Calcutta medical institutions reports 1879-81 [i.e.91]
Year: 1879
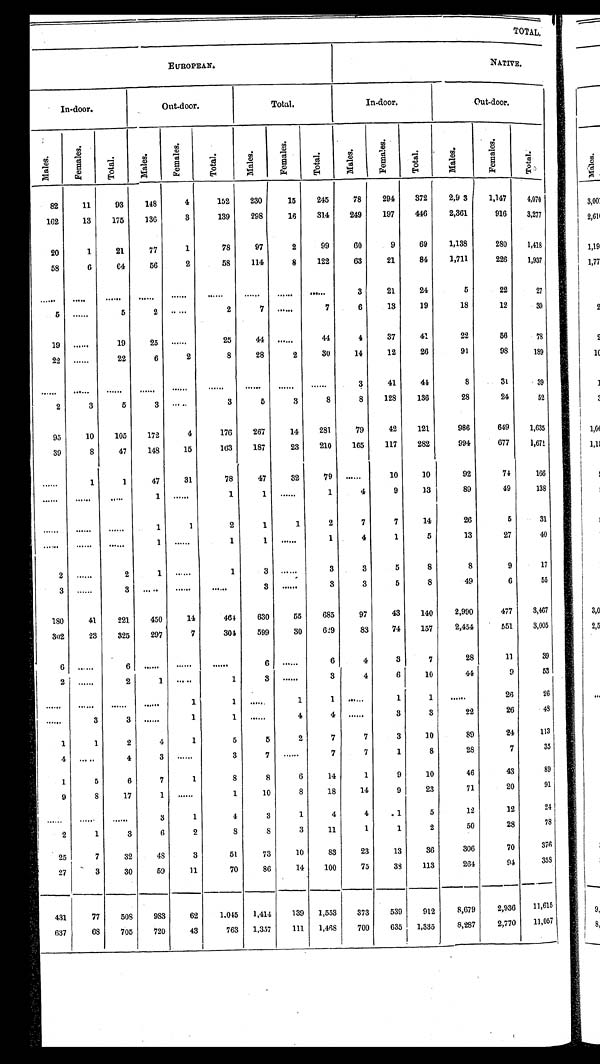
T O T A L .
EUROPEAN.
N A T I V E .
In-door.
Out-door.
Total.
In-door.
O u t - d o o r .
M a l e s .
F e m a l e s .
T o t a l .
M a l e s .
F e m a l e s .
T o t a l .
M a l e s .
F e m a l e s .
T o t a l .
M a l e s . Females.
T o t a l .
M a l e s .
F e m a l e s .
Total.
8 2
1 1
9 3
1 4 8
4
1 5 2
2 3 0
1 5
2 4 5
7 8
2 9 4
3 7 2
2 , 9 3
1 , 1 4 7
4 , 0 7 0
1 6 2
1 3
1 7 5
1 3 6
3
1 3 9
2 9 8
1 6
3 1 4
2 4 9
1 9 7
4 4 6
2 , 3 6 1
9 1 6
3 , 2 7 7
2 0
1
2 1
7 7
1
7 8
9 7
2
9 9
6 0
9
6 9
1 , 1 3 8
2 8 0
1 , 4 1 8
5 8
6
6 4
5 6
2
5 8
1 1 4
8
1 2 2
6 3
2 1
8 4
1 , 7 1 1
2 2 6
1 , 9 3 7
. . .
. . .
. . .
. . .
. . .
. . .
. . .
. . .
. . .
3
2 1
2 4
5
2 2
2 7
5
. . .
5
2
. . .
2
7
. . .
7
6
1 3
1 9
1 8
1 2
3 0
1 9
. . .
1 9
2 5
. . .
2 5
4 4
. . .
4 4
4
3 7
4 1
2 2
5 6
7 8
2 2
. . .
2 2
6
2
8
2 8
2
3 0
1 4
1 2
2 6
9 1
9 8
1 8 9
. . .
. . .
. . .
. . .
. . .
. . .
. . .
. . .
. . .
3
4 1
4 4
8
3 1
3 9
2
3
5
3
. . .
3
5
3
8
8
1 2 8
1 3 6
2 8
2 4
5 2
9 5
1 0
1 0 5
1 7 2
4
1 7 6
2 6 7
1 4
2 8 1
7 9
4 2
1 2 1
9 8 6
6 4 9
1 , 6 3 5
3 9
8
4 7
1 4 8
1 5
1 6 3
1 8 7
2 3
2 1 0
1 6 5
1 1 7
2 8 2
9 9 4
6 7 7
1 , 6 7 1
. . .
1
1
4 7
3 1
7 8
4 7
3 2
7 9
. . .
1 0
1 0
9 2
7 4
1 6 6
. . .
. . .
. . .
1
. . .
1
1
. . .
1
4
9
1 3
8 9
4 9
1 3 8
. . .
. . .
. . .
1
1
2
1
1
2
7
7
1 4
2 6
5
3 1
. . .
. . .
. . .
1
. . .
1
1
. . .
1
4
1
5
1 3
2 7
4 0
2
. . .
2
1
. . .
1
3 . . .
3
3
5
8
8
9
1 7
3
. . .
3
. . .
. . .
. . .
3
. . .
3
3
5
8
4 9
6
5 5
1 8 0
4 1
2 2 1
4 5 0
1 4
4 6 4
6 3 0
5 5
6 8 5
9 7
4 3
1 4 0
2 , 9 9 0
4 7 7
3 , 4 6 7
3 0 2
2 3
3 2 5
2 9 7
7
3 0 4
5 9 9
3 0
6 2 9
8 3
7 4
1 5 7
2 , 4 5 4
5 5 1
3 , 0 0 5
6
. . .
6
. . .
. . .
. . .
6
. . .
6 4
3
7
2 8
1 1
3 9
2
. . .
2
1
. . .
1 3
. . .
3
4
6
1 0
4 4
9
5 3
. . .
. . .
. . .
. . .
1
1 . . .
1
1
. . .
1
1
. . .
2 6
2 6
. . .
3
3
. . .
1
1
. . .
4
4
. . .
3
3
2 2
2 6
4 8
1 1
2
4
1
5 5
2
7
7
3
1 0
8 9
2 4
1 1 3
4 . . .
4
3
. . .
3
7
. . .
7
7
1
8
2 8
7
3 5
1 5
6
7
1
8 8
6
1 4
1
9
1 0
4 6
4 3
8 9
9 8
1 7
1
. . .
1
1 0
8
1 8
1 4
9
2 3
7 1
2 0
9 1
. . . . . .
. . .
3
1 4
3
1
4
4
1
5
1 2
1 2
2 4
2 1
3
6
2 8
8
3
1 1
1
1
2
5 0
2 8
7 8
2 5
7
3 2
4 8
3
5 1
7 3
1 0
8 3
2 3
1 3
3 6
3 0 6
7 0
3 7 6
2 7
3
3 0
5 9
1 1
7 0
8 6
1 4
1 0 0
7 5
3 8
1 1 3
2 6 4
9 4
3 5 8
4 3 1
7 7
5 0 8
9 8 3
6 2
1 , 0 4 5
1 , 4 1 4
1 3 9
1 , 5 5 3
3 7 3
5 3 9
9 1 2
8 , 6 7 9
2 , 9 3 6
1 1 , 6 1 5
6 3 7
6 8
7 0 5
7 2 0
4 3
7 6 3
1 , 3 5 7
1 1 1
1 , 4 6 8
7 0 0
6 3 5
1 , 3 3 5
8 , 2 8 7
2 , 7 7 0
1 1 , 0 5 7